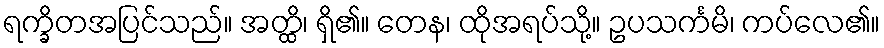
ရက္ခိတအပြင်သည်။ အတ္ထိ၊ ရှိ၏။ တေန၊ ထိုအရပ်သို့။ ဥပသင်္ကမိ၊ ကပ်လေ၏။